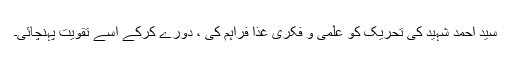
سید احمد شہیدؒ کی تحریک کو علمی و فکری غذا فراہم کی ، دورے کرکے اسے تقویت پہنچائی۔